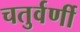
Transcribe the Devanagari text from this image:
चतुर्वर्णी